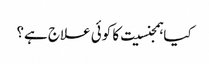
کیا ہمجنسیت کا کوئی علاج ہے؟